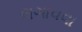
લગાવવા